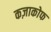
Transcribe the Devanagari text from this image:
कज़ाकोफ